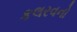
કલરવનો